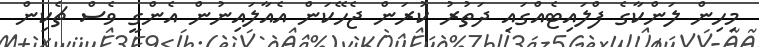
މިހިން ލަންކާގެ ފްލައިޓެއްގައި ދަތުރު ކުރަން ޖެހޭކަން އެއާލައިނުން އެންގީ ވެސް ޗެކިން